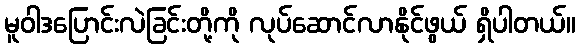
မူဝါဒပြောင်းလဲခြင်းတို့ကို လုပ်ဆောင်လာနိုင်ဖွယ် ရှိပါတယ်။